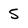
Character: 5